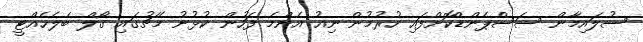
ސުލައިމާން ސަސްޕެންޑްކޮށްފައި ހުރުމުން ނިއު އެންމެ ފަހުން ކުޅުނު މެޗުގައި ގޯލް ބެލެހެއްޓީ